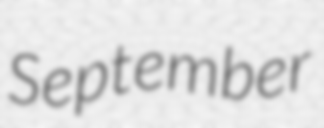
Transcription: September